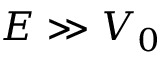
E \gg V _ { 0 }